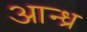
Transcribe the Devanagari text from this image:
आन्‍ध्र